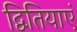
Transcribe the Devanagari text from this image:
द्वितियाएं